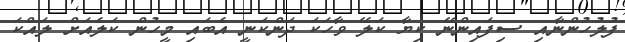
ފުލުހުންނާއި ސިފައިންނޭ ކިޔާ ކަލޭ ވާހަކަ ދަންކަނީ އެބައި މީހުން ކަލެއަށް ލައްކަ